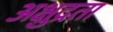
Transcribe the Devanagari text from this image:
अक्षुद्रता